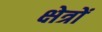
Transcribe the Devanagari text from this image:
क्ष्‍ोत्रों